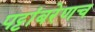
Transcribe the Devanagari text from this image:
पट्टांबरेणच